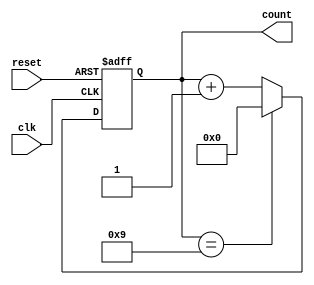
module BCD_Counter (
    input wire clk,             // Clock signal
    input wire reset,           // Asynchronous reset signal
    output reg [3:0] count      // 4-bit output for the current count
);

    // Always block for synchronous behavior
    always @(posedge clk or posedge reset) begin
        if (reset) begin
            count <= 4'b0000;   // Asynchronous reset to 0
        end else begin
            if (count == 4'b1001) begin
                count <= 4'b0000; // Reset to 0 after 9
            end else begin
                count <= count + 1; // Increment the count
            end
        end
    end

endmodule